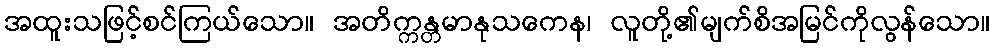
အထူးသဖြင့်စင်ကြယ်သော။ အတိက္ကန္တမာနုသကေန၊ လူတို့၏မျက်စိအမြင်ကိုလွန်သော။